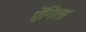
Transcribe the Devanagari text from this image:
ऐंगिला